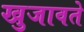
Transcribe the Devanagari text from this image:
खुजावते